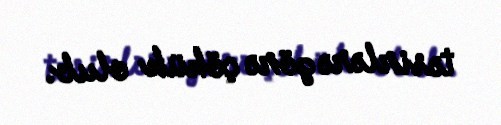
təsirlərə görə çökük olub.